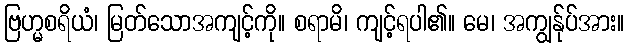
ဗြဟ္မစရိယံ၊ မြတ်သောအကျင့်ကို။ စရာမိ၊ ကျင့်ရပါ၏။ မေ၊ အကျွန်ုပ်အား။